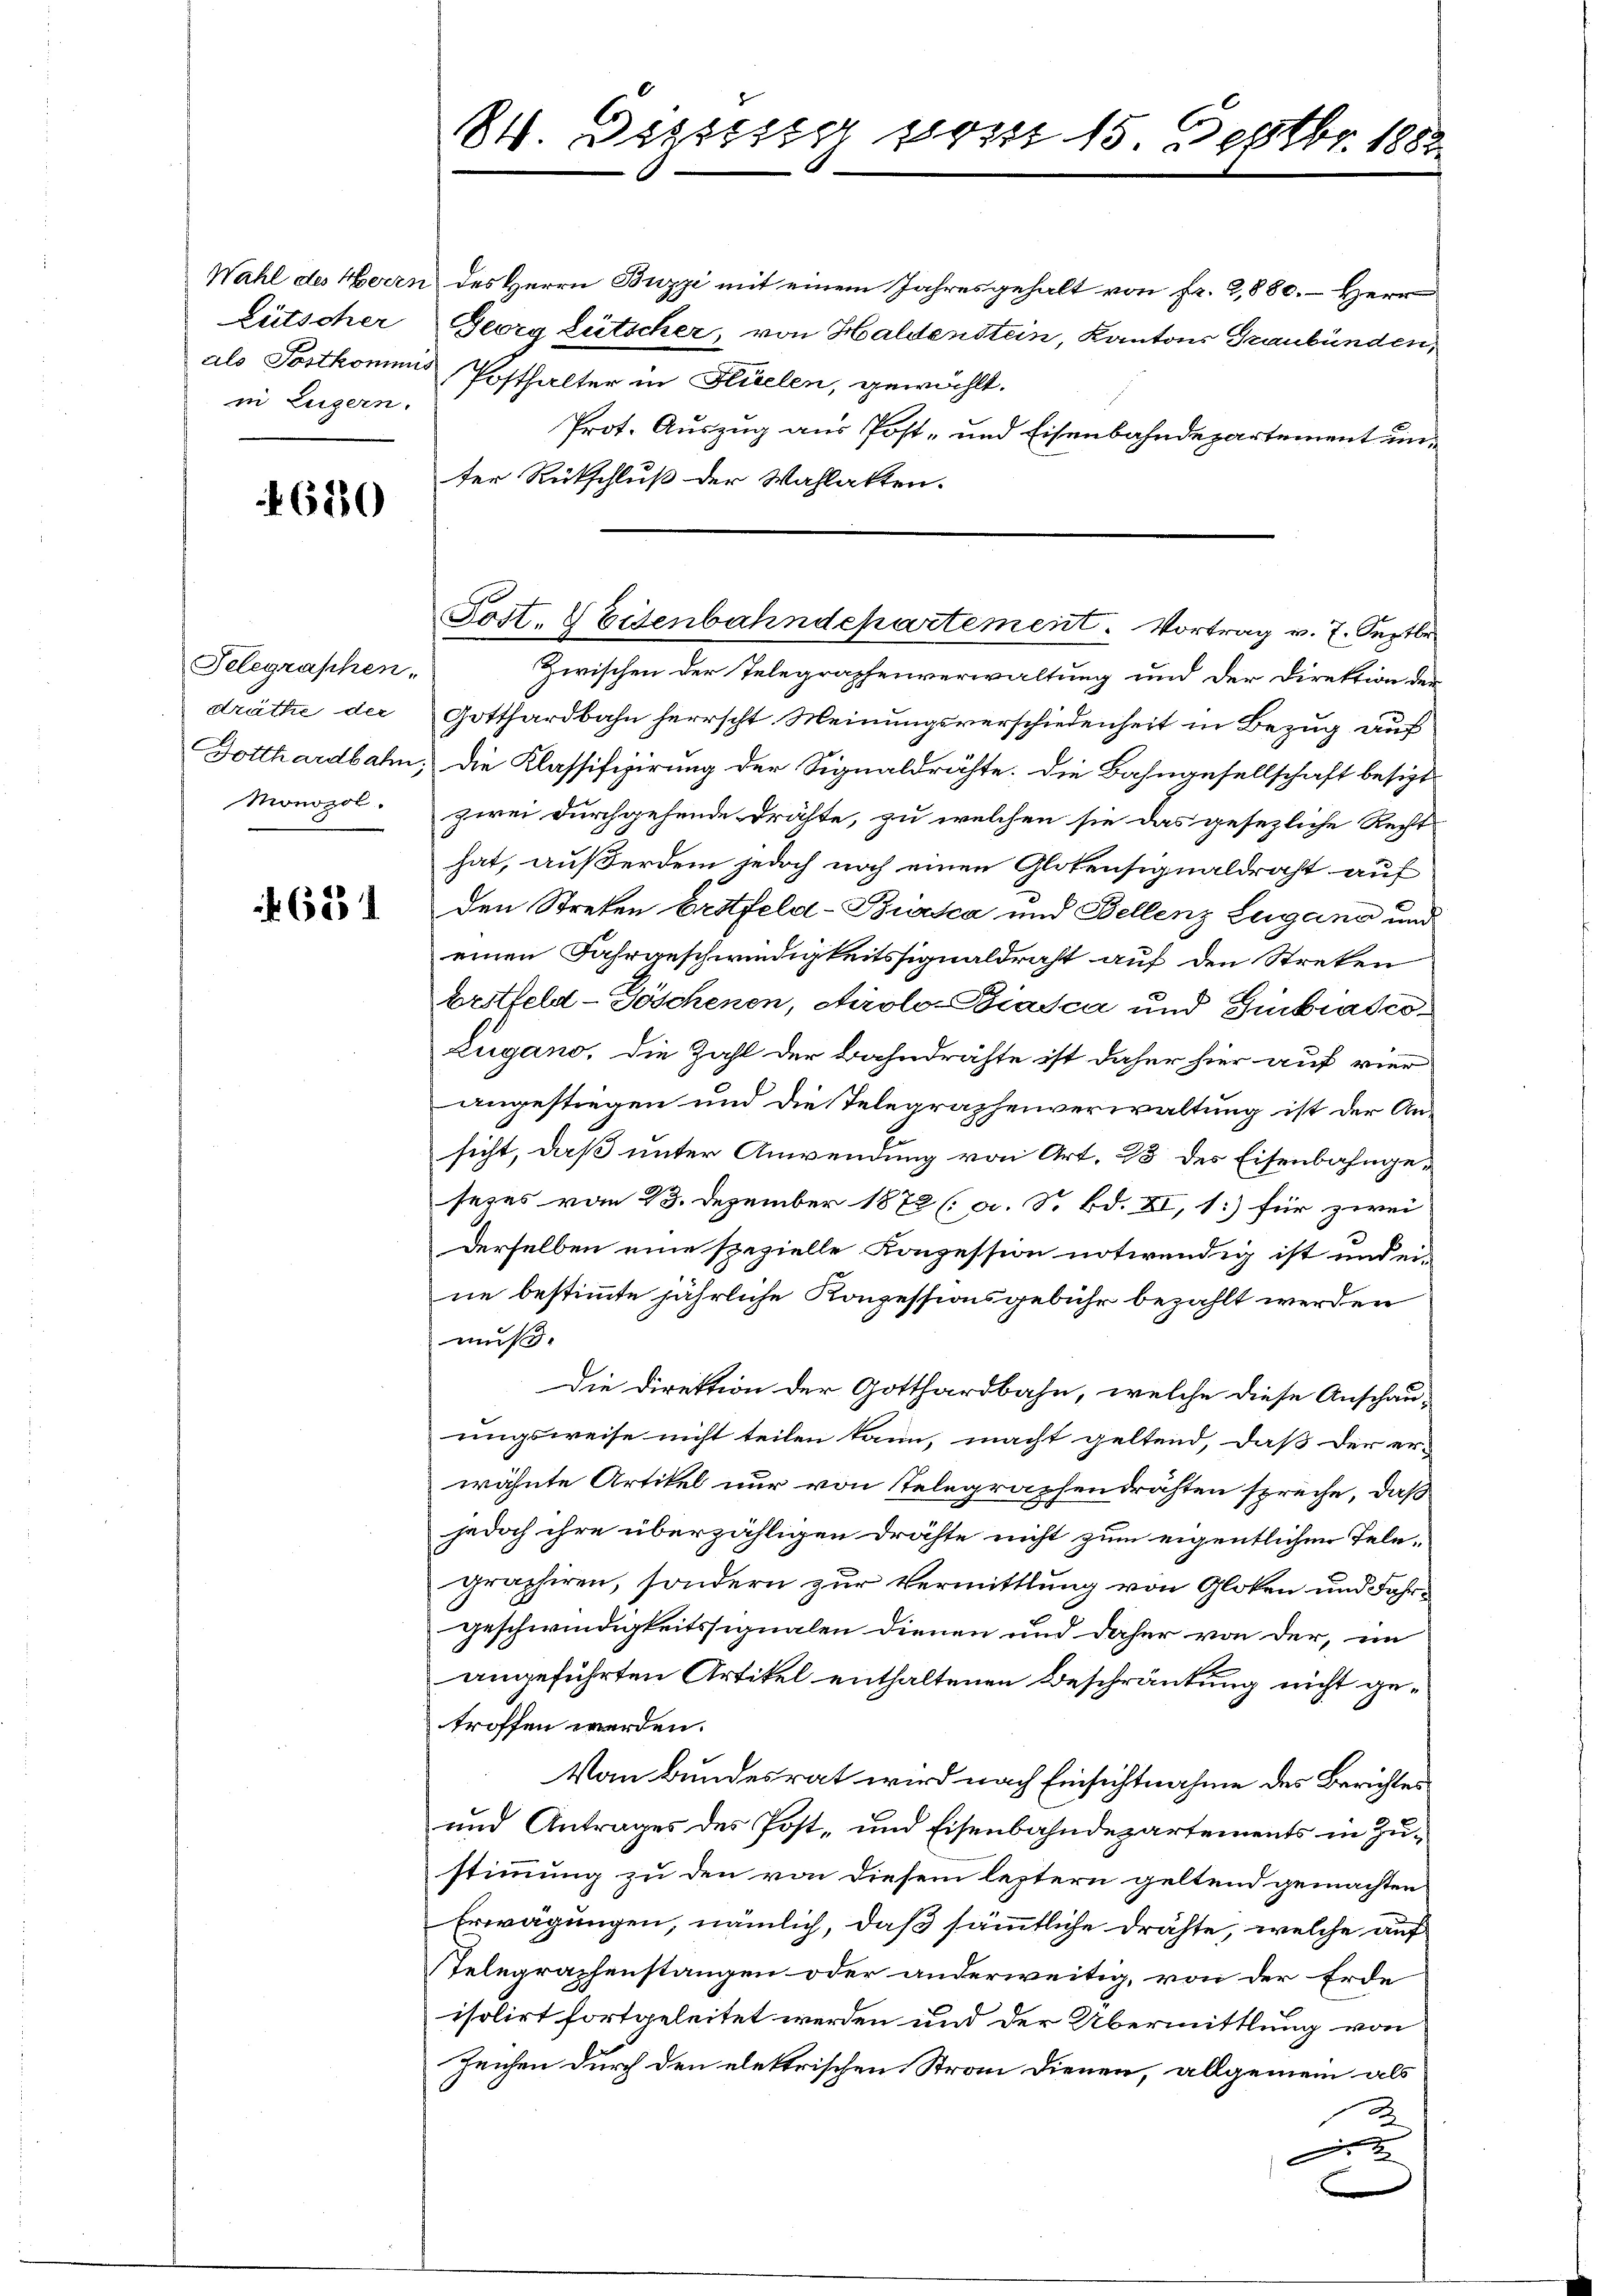
Wahl des Herrn
Lütscher
als Postkommis
in Eugern.

680

Telegraphen-
dräthe der
Monosol.

f. 621

84. Disses vom 15. Septbr. 1882.

des Herrn Buzzi mit einem Jahresgehalt von fr. 9,880. Herr
Georg Lütscher, von Haldenstein, Kantons Graubünden,
Posthalter in Hielen, gewählt.
Prot. Auszug aus Post- und Eisenbahndepartement unter Rückschluß der Wahlatten.

Zwischen der Telegraphenverwaltung und der Direktion der
Gotthardbahn herrscht Meinungsverschiedenheit in Bezug auf
Dotthardbahn, die Klassifizirung der Signaldrähte. Die Bahngesellschaft besizt
zwei Durchgehende drähte, zu welchen sie das gesezliche Rechts
hat, außerdem jedoch noch einen Glotensignaldraht auf
den Streten Erstfeld-Biasca und Bellenz Lugang und
einen Fahrgeschwindigkeitssignaldraht auf den Streten
brotfeld- Göschenen, Airolo-Biasca und Einbratio¬
Lugano, die Zahl der Bahndrähte ist daher hier auf vier
angestiegen und die Telegraphenverwaltung ist der Ansicht, daß unter Anwendung von Art. 23 des Eisenbahngesezes vom 23. Dezember 1872 (a. S. Bd. XI, 1.) für zwei
Derselben eine spezielle Konzession notwendig ist und ei-
ne bestimmte jährliche Konzessionsgebühr bezahlt werden
muß.
Die Direktion der Gotthardbahn, welche diese Anschau-
ungsweise nicht teilen kann, macht geltend, daß der er-
wähnte Artikel nur von Telegraphendrähten spreche, daß
jedoch ihre überzähligen Drähte nicht zum eigentlichen Tele-
graphiren, sondern zur Vermittlung von Globen und Fahrgeschwindigkeitssignalen dienen und daher von der, im
angeführten Artikel enthaltenen Beschränkung nicht getroffen werden.
Vom Bundesrat wird nach Einsichtnahme des Berichtes
und Antrages des Post- und Eisenbahndepartements in Zustimmung zu den von diesem leztern geltend gemachten
Erwägungen, nämlich, daß sämmtliche drähte, welche auf
Selegraphenstangen oder anderweitig, von der Erde
isolirt fortgeleitet werden und der Übermittlung von
Zeichen durch den elektrischen Stran dienen, allgemein als

Post. S Eisenbahndepartement. Vortrag v. 7. Septbr.